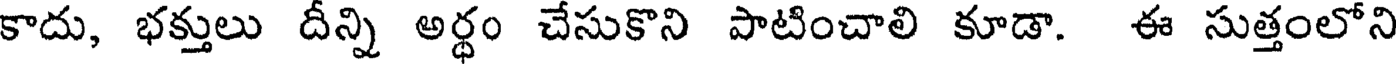
కాదు, భక్తులు దీన్ని అర్థం చేసుకొని పాటించాలి కూడా. ఈ సుత్తంలోని